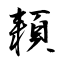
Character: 頛